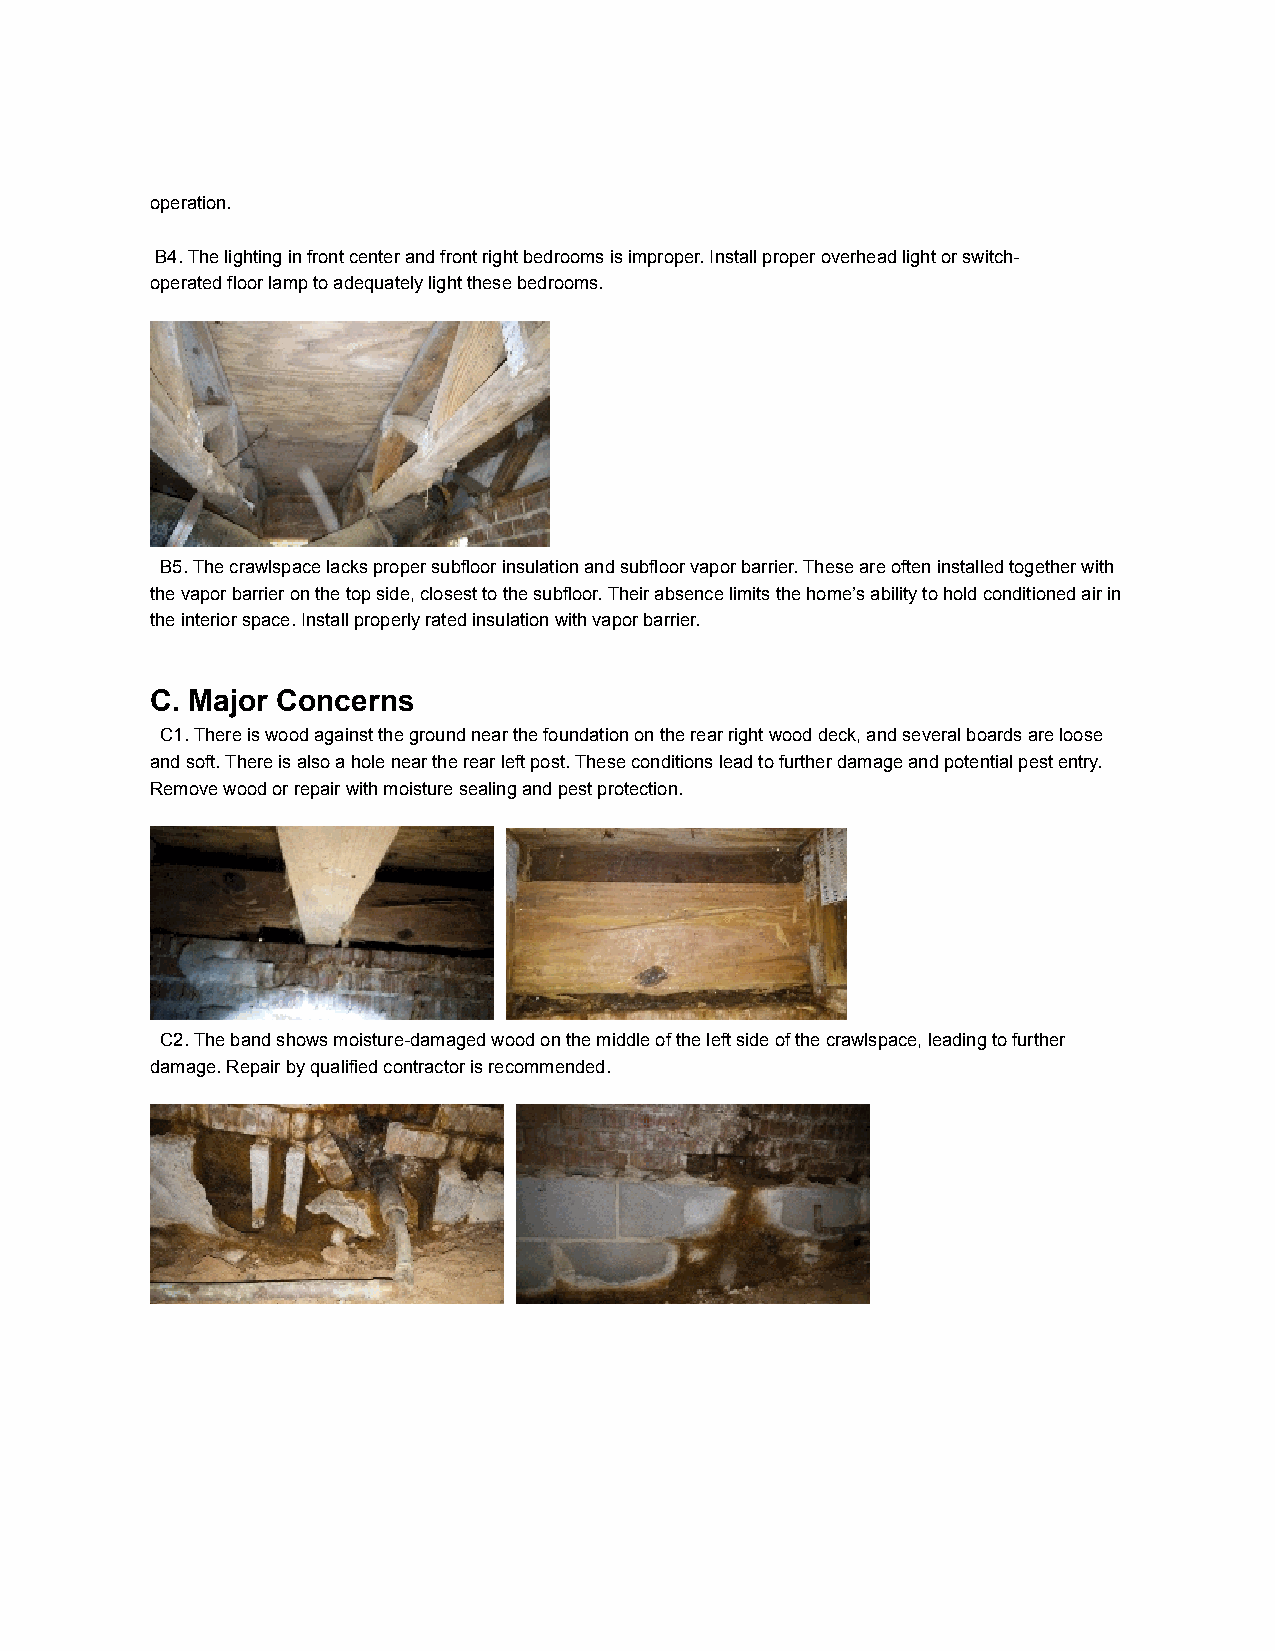
operation.
 B4. The lighting in front center and front right bedrooms is improper. Install proper overhead light or switch-
 operated floor lamp to adequately light these bedrooms.
 B5. The crawlspace lacks proper subfloor insulation and subfloor vapor barrier. These are often installed together with
 the vapor barrier on the top side, closest to the subfloor. Their absence limits the home’s ability to hold conditioned air in
 the interior space. Install properly rated insulation with vapor barrier.
 C. Major Concerns
 C1. There is wood against the ground near the foundation on the rear right wood deck, and several boards are loose
 and soft. There is also a hole near the rear left post. These conditions lead to further damage and potential pest entry.
 Remove wood or repair with moisture sealing and pest protection.
 C2. The band shows moisture-damaged wood on the middle of the left side of the crawlspace, leading to further
 damage. Repair by qualified contractor is recommended.